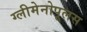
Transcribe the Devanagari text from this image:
ग्लीमेनोपूलस